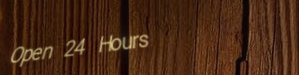
Open 24 Hours